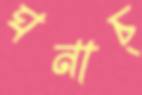
ঘনাচ্